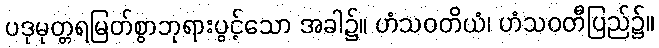
ပဒုမုတ္တရမြတ်စွာဘုရားပွင့်သော အခါ၌။ ဟံသဝတိယံ၊ ဟံသဝတီပြည်၌။